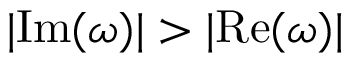
| \mathrm { I m } ( \omega ) | > | \mathrm { R e } ( \omega ) |